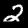
Digit: 2